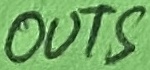
Text: OUTS